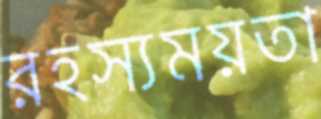
রহস্যময়তা